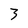
Character: 3